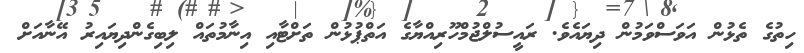
ހިތުގެ ތެޅުން އަވަސްވަމުން ދިޔައެވެ. ރައީސުލްޖުމްހޫރިއްޔާގެ އަތްޕުޅުން ތަށްޓާއި އިނާމުތައް ލިބިގެންދިޔައިރު އޭނާއަށް